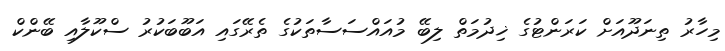
މިހާރު ތިނަދޫއަށް ކަރަންޓުގެ ޚިދުމަތް ލިބޭ މުއައްސަސާތަކުގެ ތެރޭގައި އަބޫބަކުރު ސްކޫލާއި ބޭންކް